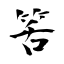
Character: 筈